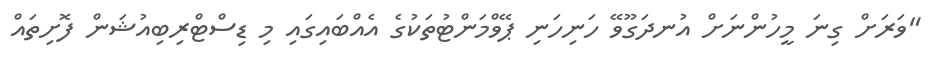
"ވަރަށް ގިނަ މީހުންނަށް އުނދަގޫވޭ ހަނިހަނި ޕޭވްމަންޓުތަކުގެ އެއްބައިގައި މި ޑިސްޓްރިބިއުޝަން ފޮށިތައް